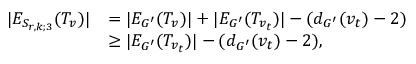
\begin{array} { r l } { \lvert E _ { S _ { r , k ; 3 } } ( T _ { v } ) \rvert } & { = \lvert E _ { G ^ { \prime } } ( T _ { v } ) \rvert + \lvert E _ { G ^ { \prime } } ( T _ { v _ { t } } ) \rvert - ( d _ { G ^ { \prime } } ( v _ { t } ) - 2 ) } \\ & { \geq \lvert E _ { G ^ { \prime } } ( T _ { v _ { t } } ) \rvert - ( d _ { G ^ { \prime } } ( v _ { t } ) - 2 ) , } \end{array}